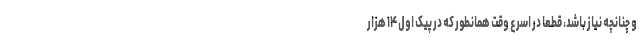
و چنانچه نیاز باشد، قطعا در اسرع وقت همانطور که در پیک اول ۱۴ هزار